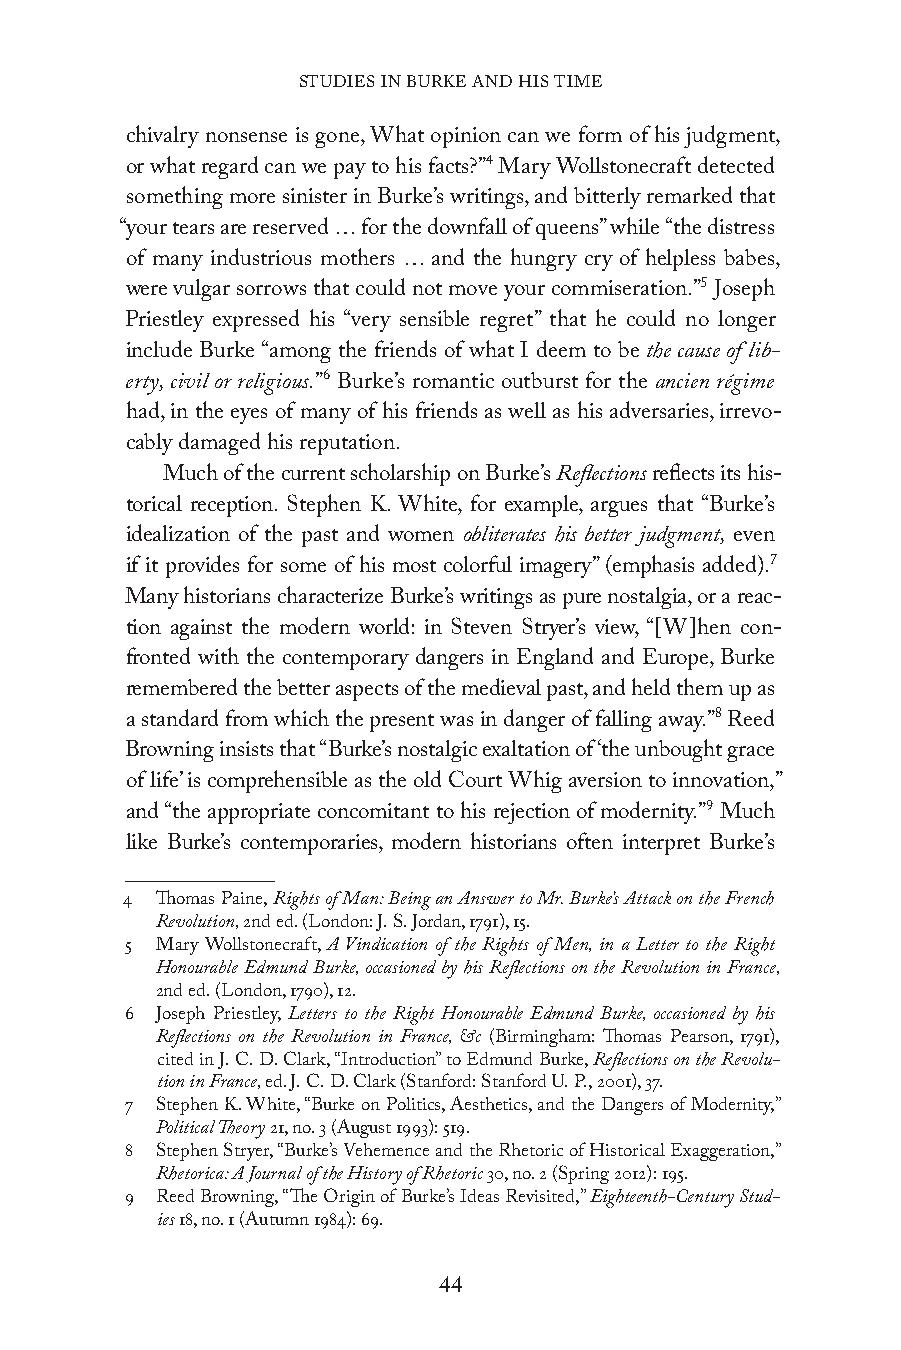
STUDIES IN BURKE AND HIS TIME
 chivalry nonsense is gone, What opinion can we form of his judgment,
 or what regard can we pay to his facts?”4 Mary Wollstonecraft detected
 something more sinister in Burke’s writings, and bitterly remarked that
 “your tears are reserved … for the downfall of queens” while “the distress
 of many industrious mothers … and the hungry cry of helpless babes,
 were vulgar sorrows that could not move your commiseration.”5 Joseph
 Priestley expressed his “very sensible regret” that he could no longer
 include Burke “among the friends of what I deem to be the cause of lib-
 erty, civil or religious.”6 Burke’s romantic outburst for the ancien régime
 had, in the eyes of many of his friends as well as his adversaries, irrevo-
 cably damaged his reputation.
 Much of the current scholarship on Burke’s Reflections reflects its his-
 torical reception. Stephen K. White, for example, argues that “Burke’s
 idealization of the past and women obliterates his better judgment, even
 if it provides for some of his most colorful imagery” (emphasis added).7
 Many historians characterize Burke’s writings as pure nostalgia, or a reac-
 tion against the modern world: in Steven Stryer’s view, “[W]hen con-
 fronted with the contemporary dangers in England and Europe, Burke
 remembered the better aspects of the medieval past, and held them up as
 a standard from which the present was in danger of falling away.”8 Reed
 Browning insists that “Burke’s nostalgic exaltation of ‘the unbought grace
 of life’ is comprehensible as the old Court Whig aversion to innovation,”
 and “the appropriate concomitant to his rejection of modernity.”9 Much
 like Burke’s contemporaries, modern historians often interpret Burke’s
 4 Thomas Paine, Rights of Man: Being an Answer to Mr. Burke’s Attack on the French
 Revolution, 2nd ed. (London: J. S. Jordan, 1791), 15.
 5 Mary Wollstonecraft, A Vindication of the Rights of Men, in a Letter to the Right
 Honourable Edmund Burke, occasioned by his Reflections on the Revolution in France,
 2nd ed. (London, 1790), 12.
 6 Joseph Priestley, Letters to the Right Honourable Edmund Burke, occasioned by his
 Reflections on the Revolution in France, &c (Birmingham: Thomas Pearson, 1791),
 cited in J. C. D. Clark, “Introduction” to Edmund Burke, Reflections on the Revolu-
 tion in France, ed. J. C. D. Clark (Stanford: Stanford U. P., 2001), 37.
 7 Stephen K. White, “Burke on Politics, Aesthetics, and the Dangers of Modernity,”
 Political Theory 21, no. 3 (August 1993): 519.
 8 Stephen Stryer, “Burke’s Vehemence and the Rhetoric of Historical Exaggeration,”
 Rhetorica: A Journal of the History of Rhetoric 30, no. 2 (Spring 2012): 195.
 9 Reed Browning, “The Origin of Burke’s Ideas Revisited,” Eighteenth-Century Stud-
 ies 18, no. 1 (Autumn 1984): 69.
 44